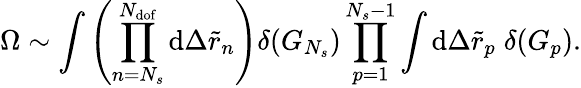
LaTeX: \Omega\sim\int{\left(\prod_{n=N_{s}}^{N_{\mathrm{dof}}}{\mathrm{d}\Delta\tilde{r}_{n}}\right)\delta(G_{N_{s}})\prod_{p=1}^{N_{s}-1}{\int{\mathrm{d}\Delta\tilde{r}_{p}\; \delta(G_{p})}}}.